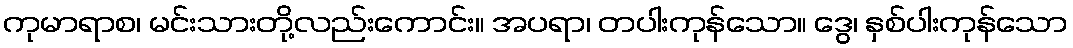
ကုမာရာစ၊ မင်းသားတို့လည်းကောင်း။ အပရာ၊ တပါးကုန်သော။ ဒွေ၊ နှစ်ပါးကုန်သော